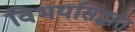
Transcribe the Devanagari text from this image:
विभयसिद्धांत